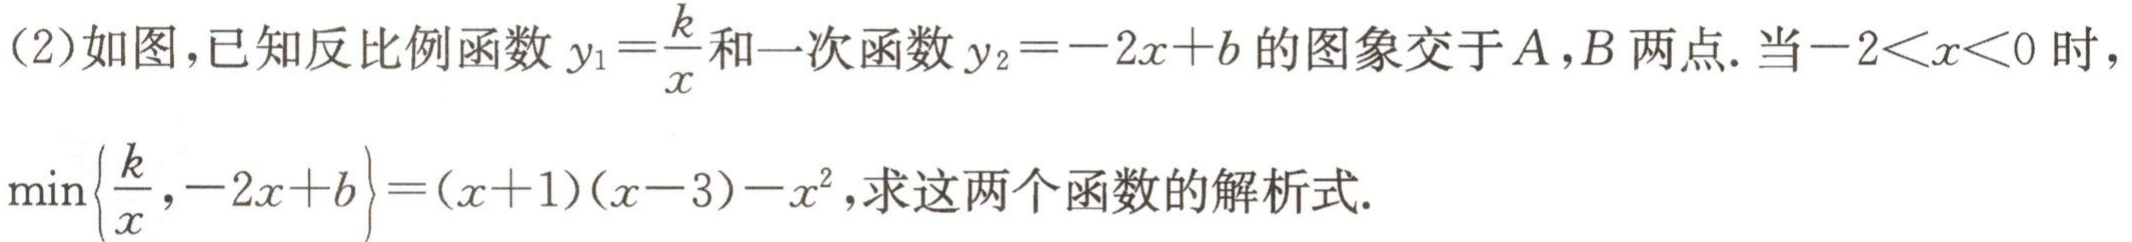
(2)如图，已知反比例函数$y_{1}=\frac{k}{x}$和一次函数$y_{2}=-2x + b$的图象交于$A,B$两点. 当$-2\lt x\lt0$时，
$\min\left\{\frac{k}{x},-2x + b\right\}=(x + 1)(x - 3)-x^{2}$，求这两个函数的解析式.